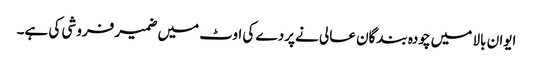
ایوان بالا میں چودہ بندگان عالی نے پردے کی اوٹ میں ضمیر فروشی کی ہے۔